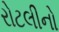
રોટલીનો